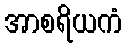
အာစရိယကံ